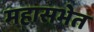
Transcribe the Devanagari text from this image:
महासभेत